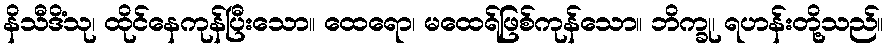
နိသီဒိံသု၊ ထိုင်နေကုန်ပြီးသော။ ထေရော၊ မထေရ်ဖြစ်ကုန်သော။ ဘိက္ခု၊ ရဟန်းတို့သည်။